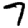
Digit: 7